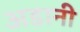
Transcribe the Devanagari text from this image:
अडानी